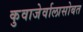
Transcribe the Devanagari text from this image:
कुवाजेर्वालासोबत